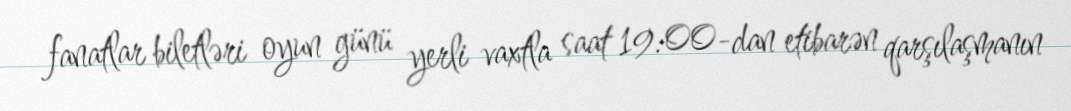
fanatlar biletləri oyun günü yerli vaxtla saat 19:00-dan etibarən qarşılaşmanın